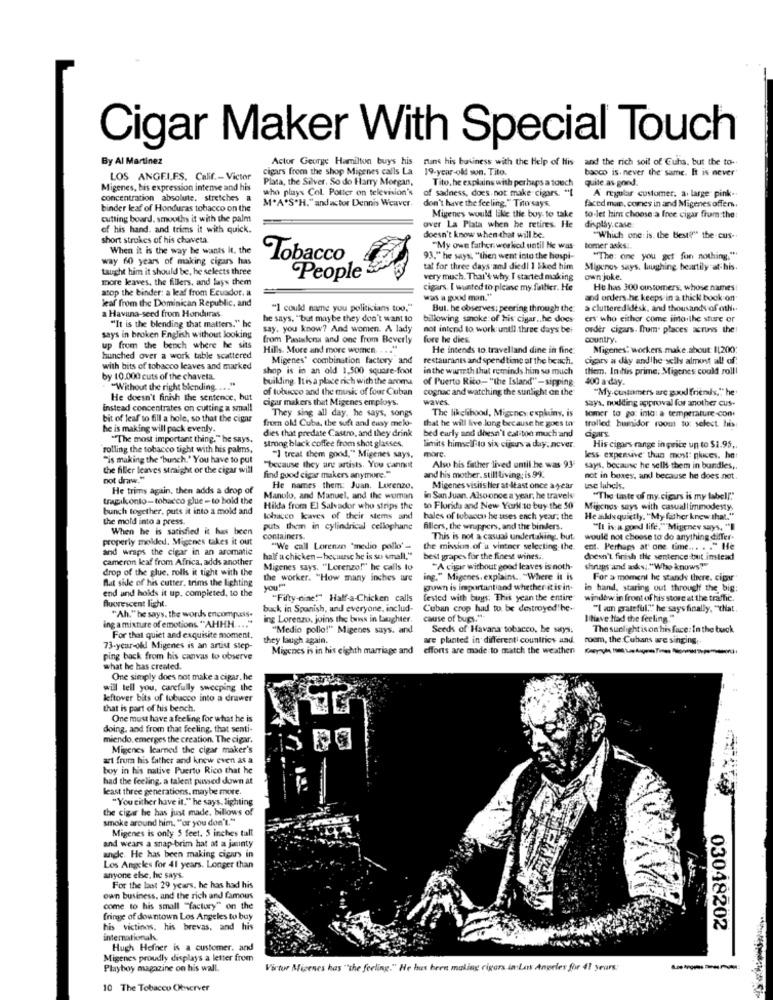
Cigar Maker With Special Touch
By Al Martinez
Actor George Hamilton buys his
ruins his business with the Help of His-
and the rich soil of Cuha, but the to-
cigars from the shop Migenes calls La
19-year-old son. Tito.
banco is. never the same. It is never"
LOS ANGELES. Calif .- Victor
Plata, the Silver. So do Harry Morgan,
Tito. he explains with perhaps a touch
quite as gond.
Migenes, his expression intense and his
who plays Col. Potter on television's
of sadness, does not make cigars. "[
A regular customer. a. large pink -.
concentration absolute. stretches a
M.A.S"H." and actor Dennis Weaver,
don't have the feeling." Tito says.
faced man, comes in and Migenes offer.
binder leaf of Honduras tobacco on the
cutting board. smouths it with the palm
Migenes would like the boy- to take
to let him choose a free cigar from the:
of his hand, and trims it with quick.
over La Plata when he retires. He
display.case
short strokes of his chaveta
doesn't know when that will be.
"Which one: is. the best?" the cus-
When it is the way he wants it. the
"My own father. workod until He was
tomer asks !.
way 60 years of making cigars has
Tobacco
93." he says, "then went into the hospi-
"The: one you get fon nothing "
taught him it should be, he selects three
tal for three days and died! 1 Sked him
Migenus says, laughing heartily at his
more leaves, the fillers, and lays them
People
very much. That's why I started making
own joke.
atop the binder: a leaf from Ecuador. #
cigars. I wanted to please my faller. He
He has 300 customers, whose names:
leaf from the Dominican Republic, and
was a good man."
and orders.he keeps in a thick book on
"1 could name you politicians too."
But. he observes: peering through the
> cluttered desk, and thousands of oth.
a Havana-seed from Honduras
he says, "but maybe they don't want to
billowing smoke of his cigar ,. he does
ers who either come into the sture or
"It is the blending that matters." he
say, you know? And women. A lady
not intend to work until three days bei
order cigars. frum" places across the
says in broken English without looking
from Pasador and one from Beverly
fore he dies
country.
up from the bench where he sits
Hills. More and more women. . ..
He intends to travelland dine in fine.
Migenes: workers make.about: 11200.
hunched over a work table scattered
Migenes' combination factory and
restaurants and spendtime at the beach.
cigars a day andlhe seils almost all of
with bits of tobacco leaves and marked
shop is in an old 1,500 square-foot
in the warmth thul reminds him so much
them. Imihis prime, Migenes could roll!
by 10.000 cuts of the chaveta.
building. Itis a place rich with the aroma
of Puerto Rico- "the Island" -sipping
400 a day.
"Without the right blending. ... "
of tobacco and the music of four Cuban
cognac and watching the sunlight on the
"My customers are good friends," he
He doesn't finish the sentence, but
cigar makers that Migenes employs.
waves.
says, nodding aproval for another cus-
instead concentrates on cutting a small
They sing all day, he says, songs
The likelihood, Migenes. explains, is
somer to go: into: a temperature -con
bit of leaf to fill a hole, so that the cigar
from old! Cuba, the soft and easy melo-
that he will live long because he goes to
trolled humidor room to: select. his
he is making will pack evenly.
dies that predate Castro, and they drink
bed carly and doesn't cat-too much and
cigars.
"The most important thing."he says,
strong black coffee from shot glasses.
rolling the tobacco tight with his palms,
limits himself to six cijus a day; never.
more
His cigars range in price un to $1.95,
"is making the "bunch." You have to put
"] treat them good," Migenes says,
less expensive than most: phies. het
the filler leaves straight or the cigar will
"because they ang artists. You cannot
Also bis father lived umil.he was 93
says. because he sell them in bundles ,.
not draw."
find good cigar makers anymore.".
and his mother. still living; is 99.
not in boxes, arl because he does not
He trimy again, then adds a drop of
He names them: Juan. Lorenzo.
Migenes visits hier at least once a year
une lahels.
tragikonto-tobacco glue - to hold the
Manolo, and Manuel, and the woman
in San Juan. Alsoonce a year, he travels
"The tante of my cigars is my label!""
bunch together, puts it into a mold and
Hikta from El Salvador who strips the
to Florida and New York to buy the 50
Migchos says with casuallimmodesty,
the mold into a press.
tobacco leaves of their stems and
bales of tobacco he uses each year. the
He adds quietly, "My father knew that."
When he is satisfied it has been
puts them in cylindrical cellophane
fillers, the wruppers, and the binders
"Il is a good life,"Migenev says, "]
properly molded. Migenes takes it out
containers.
This is not a casual undertaking, but
would not choose to do anything differ-
and wraps the cigar in an aromatic
"We call Lorenzo 'medio pollo'-
the mission of u vintner selecting the
ent. Perhaps at one time ... . . "He
cameron leaf from Africa, adds another
half a chicken-because he is so small."
best grapes for the finest wines ..
doesn't finish the sentence but instead
drop of the glue, rolls it tight with the
Migenes says, "Lorenzo!" he calls to
"A cigar without good leaves is noth-
shrugs and ads. "Who knows?"
Aut side of his cutter, trims the Lighting
the worker. "How many inches are
ing." Migenes, explains .. "Where it is
For a moment he stands there. cijour
end and holds it up. completed, to the
grown is importantiand whether it is in.
in hand, staring out through the big;
"Fifty-nine!" Half-a-Chicken calls
fested with buys. This yean the entire
window in front of his store at the traffic.
fluorescent light.
"Ah." he says, the words encompass-
buck in Spanish, and everyone, includ-
Cuban crop had to be destroyed he-
"I am grateful."" he says finally, "chat.
ing Lorenzo, joins the boys in Laughter.
cause of bugs.":
I tiave Had the feeling."
ing a mixture of emotions "AHHH.
"Medio pollo!" Migenes says, and
Seeds of Havana tobacco, he says.
The sunlight is on his face: In the buck
For that quiet and exquisite moment.
they laugh again.
are planted in different countries and
room, the Cubans we singing.
73-year-old Migenes is an artist step-
Migenes is in his eighth marriage and
efforts are made to match the weather
ping back from his canvas to observe
what he has created.
One simply does not make a cigar. he
will tell you, carefully sweeping the
leftover bits of tubucco into a drawer
that is part of his bench.
One must have a feeling for what he is
doing, and from that feeling, that senti-
miendo. emerges the creation. The cigar.
Migenes learned the cigar maker's
art from his father and knew even as a
boy in his native Puerto Rico that he
had the feeling, a talent puissed down at
least three generations. maybe more.
"You either have it." he says, lighting
the cigar he has just made, billows of
smoke around him, ""or you don't."
Migenes is only 5 feet. 5 inches tall
and wears a snap-brim hat at a jaunty
ande. He has been making cigars in
Los Angeles for 41 years. Longer than
anyone else, he says.
For the last 29 years. he has had his
own business, and the rich and famous
come to his small "factory" on the
fringe of downtown Los Angeles to buy
his victinos, his brevas, and his
03048202
international
Hugh Hefner is a customer. and
Migenes proudly displays a letter from
Playboy magazine on his wall.
Virtor Mizenes has ""the feeling." He has been making cigars in Lans Angeles for 41 years:
----
10 The Tobacco Observer